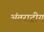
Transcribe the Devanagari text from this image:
अंतराट्रीय